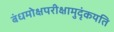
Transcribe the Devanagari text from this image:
बंधमोक्षपरीक्षामुदृंकयति